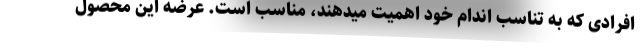
افرادی که به تناسب اندام خود اهمیت میدهند، مناسب است. عرضه این محصول